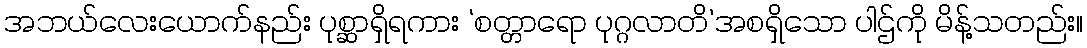
အဘယ်လေးယောက်နည်း ပုစ္ဆာရှိရကား ‘စတ္တာရော ပုဂ္ဂလာတိ’အစရှိသော ပါဌ်ကို မိန့်သတည်း။